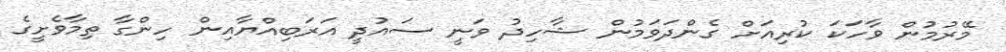
މޭރުމުން ވާހަކަ ކުރިއަށް ގެންދަވަމުން ޝާހިދު ވަނީ ސައުދީ އަރަބިއްޔާއިން ހިންގާ ތިމާވެށީގެ